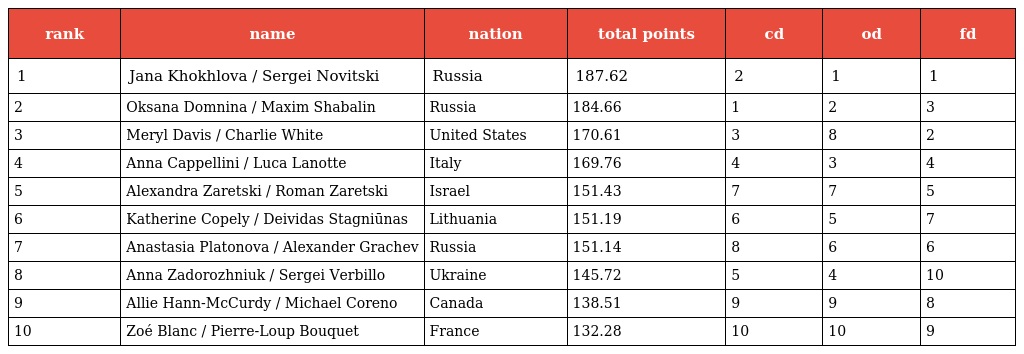
| rank | name | nation | total points | cd | od | fd |
 | --- | --- | --- | --- | --- | --- | --- |
 | 1 | Jana Khokhlova / Sergei Novitski | Russia | 187.62 | 2 | 1 | 1 |
 | 2 | Oksana Domnina / Maxim Shabalin | Russia | 184.66 | 1 | 2 | 3 |
 | 3 | Meryl Davis / Charlie White | United States | 170.61 | 3 | 8 | 2 |
 | 4 | Anna Cappellini / Luca Lanotte | Italy | 169.76 | 4 | 3 | 4 |
 | 5 | Alexandra Zaretski / Roman Zaretski | Israel | 151.43 | 7 | 7 | 5 |
 | 6 | Katherine Copely / Deividas Stagniūnas | Lithuania | 151.19 | 6 | 5 | 7 |
 | 7 | Anastasia Platonova / Alexander Grachev | Russia | 151.14 | 8 | 6 | 6 |
 | 8 | Anna Zadorozhniuk / Sergei Verbillo | Ukraine | 145.72 | 5 | 4 | 10 |
 | 9 | Allie Hann-McCurdy / Michael Coreno | Canada | 138.51 | 9 | 9 | 8 |
 | 10 | Zoé Blanc / Pierre-Loup Bouquet | France | 132.28 | 10 | 10 | 9 |